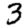
Digit: 3